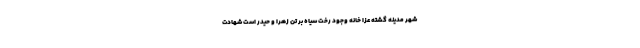
شهر مدینه گشته عزا خانه وجود رخت سیاه بر تن زهرا و حیدر است شهادت